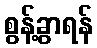
စွန့်ခွာရန်